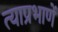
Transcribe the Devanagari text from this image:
त्याप्रभाणें